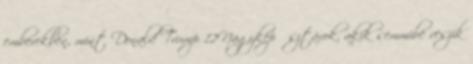
emberekben, mint Donald Trump 12Nagyképű sztárok, akik semmibe veszik